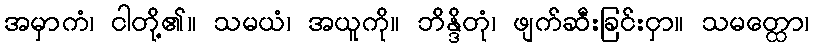
အမှာကံ၊ ငါတို့၏။ သမယံ၊ အယူကို။ ဘိန္ဒိတုံ၊ ဖျက်ဆီးခြင်းငှာ။ သမတ္ထော၊